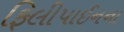
ફિલીપાઈનના